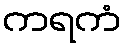
ကရကံ